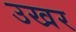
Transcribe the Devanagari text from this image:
उखर